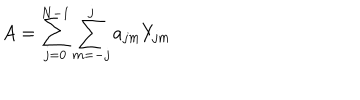
LaTeX: A = \sum _ { j = 0 } ^ { N - 1 } \sum _ { m = - j } ^ { j } a _ { j m } Y _ { j m }